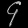
Digit: ၄